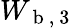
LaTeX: W_{\mathrm{~b~,~3~}}